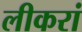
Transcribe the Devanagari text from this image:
लीकरां